Mental hospitals Bombay report 1921-28 - 1921-1928
Year: 1921
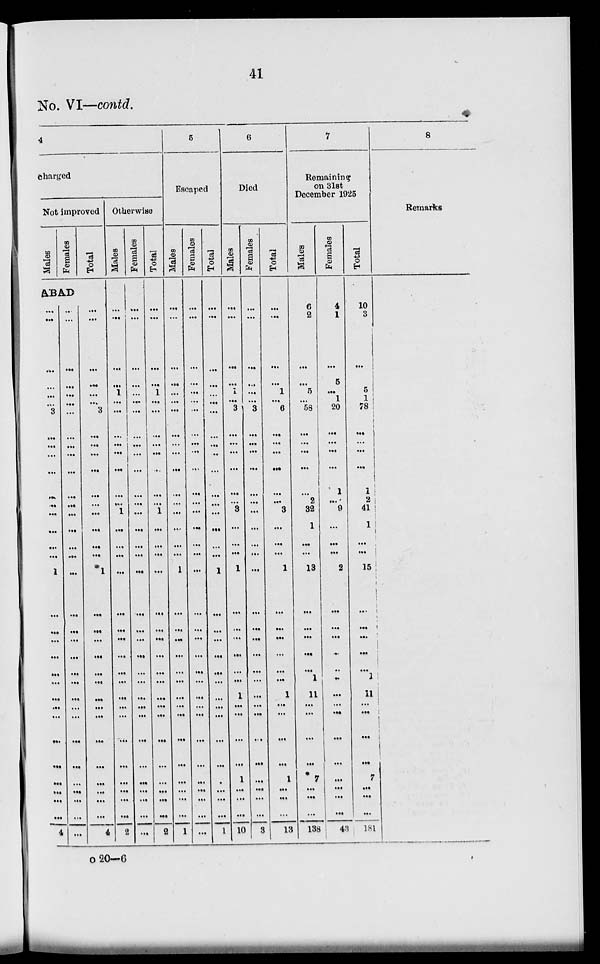
41
No. VI—contd.
4
charged
Not improved
Males
Females
Total
ABAD
...
...
...
...
...
...
3
...
...
...
...
...
...
...
...
...
...
1
...
...
...
...
...
...
...
...
...
...
...
...
...
...
...
4
...
...
...
...
...
...
...
...
...
...
...
...
...
...
...
...
...
...
...
...
...
...
...
...
...
...
...
...
...
...
...
...
...
...
...
...
...
...
...
...
3
...
...
...
...
...
...
...
...
...
...
1
...
...
...
...
...
...
...
...
...
...
...
...
...
...
...
4
Otherwise
Males
...
...
...
...
1
...
...
...
...
...
...
...
...
1
...
...
...
...
...
...
...
...
...
...
...
...
...
...
...
...
...
...
...
2
Females
...
...
...
...
...
...
...
...
...
...
...
...
...
...
...
...
...
...
...
...
...
...
...
...
...
...
...
...
...
...
...
...
...
...
Total
...
...
...
...
1
...
...
...
...
...
...
...
...
1
...
...
...
...
...
...
...
...
...
...
...
...
...
...
...
...
...
...
...
2
5
Escaped
Males
...
...
...
...
...
...
...
...
...
...
...
...
...
...
...
...
...
1
...
...
...
...
...
...
...
...
...
...
...
...
...
...
...
1
Females
...
...
...
...
...
...
...
...
...
...
...
...
...
...
...
...
...
...
...
...
...
...
...
...
...
...
...
...
...
...
...
...
...
...
Total
...
...
...
...
...
...
...
...
...
...
...
...
...
...
...
...
...
1
...
...
...
...
...
...
...
...
...
...
...
...
...
...
...
1
6
Died
Males
...
...
...
...
1
...
3
...
...
...
...
...
...
3
...
...
...
1
...
...
...
...
...
...
1
...
...
...
...
1
...
...
...
10
Females
...
...
...
...
...
...
3
...
...
...
...
...
...
...
...
...
...
...
...
...
...
...
...
...
...
...
...
...
...
...
...
...
...
3
Total
...
...
...
...
1
...
6
...
...
...
...
...
...
3
...
...
...
1
...
...
...
...
...
...
1
...
...
...
...
1
...
...
...
13
7
Remaining
on 31st
December 1925
Males
6
2
...
...
5
...
58
...
...
...
...
...
2
32
1
...
...
13
...
...
...
...
...
1
11
...
...
...
...
7
...
...
...
138
Females
4
1
...
5
...
1
20
...
...
...
...
1
...
9
...
...
...
2
...
...
...
...
...
...
...
...
...
...
...
...
...
...
...
43
Total
10
3
...
5
5
1
78
...
...
...
...
1
2
41
1
...
...
15
...
...
...
...
...
1
11
...
...
...
...
7
...
...
...
181
8
Remarks
o 20—6